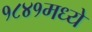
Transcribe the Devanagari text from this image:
१८४१मध्ये